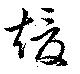
煖